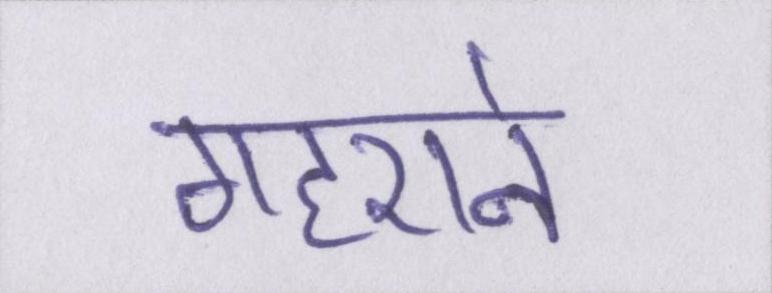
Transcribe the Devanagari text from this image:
गहराने